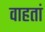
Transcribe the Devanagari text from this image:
वाहतां